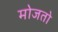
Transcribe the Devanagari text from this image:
मोजतो